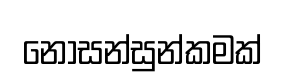
නොසන්සුන්කමක්